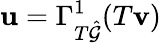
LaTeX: \mathbf{u}=\Gamma_{T\hat{\mathcal{G}}}^{1}(T\mathbf{v})